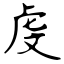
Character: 虔